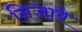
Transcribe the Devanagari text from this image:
निजावे